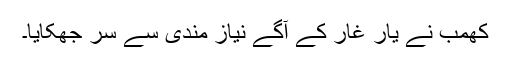
کھمب نے یار غار کے آگے نیاز مندی سے سر جھکایا۔